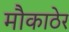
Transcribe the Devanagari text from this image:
मौकाठेर